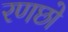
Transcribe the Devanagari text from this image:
रणछो